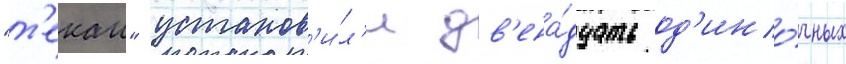
"т'екаи" установ'и́л'и дв'ена́дцать од'ино́чных